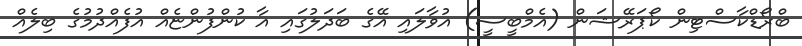
ބްރޯޑްކާސްޓިން ކޯޕަރޭޝަން (އެމްބީސީ) އުވާލައި އޭގެ ބަދަލުގައި އާ ކުންފުންޏެއް އުފެއްދުމުގެ ބިލެއް